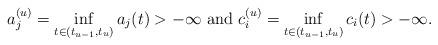
LaTeX: \begin{align*}{}a_{j}^{(u)}=\inf_{t\in (t_{u-1},t_{u})}a_{j}(t)>-\infty\mbox{ and }c_{i}^{(u)}=\inf_{t\in (t_{u-1},t_{u})}c_{i}(t)>-\infty.\end{align*}